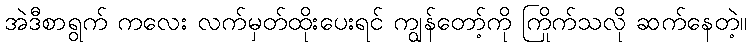
အဲဒီစာရွက် ကလေး လက်မှတ်ထိုးပေးရင် ကျွန်တော့်ကို ကြိုက်သလို ဆက်နေတဲ့။